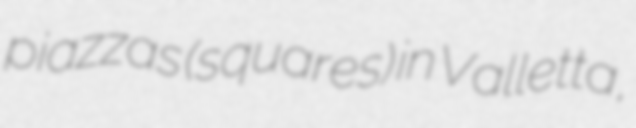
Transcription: piazzas (squares) in Valletta,